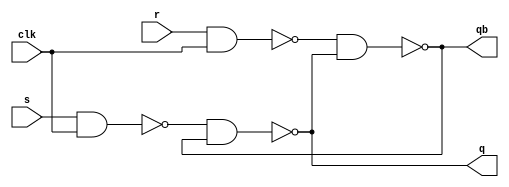
module srff1(s,r,clk,q,qb);
	input s,r,clk;
	output q,qb;
	wire a,b;
	nand(a,s,clk);
	nand(b,r,clk);
	nand(q,a,qb);
	nand(qb,b,q);
endmodule